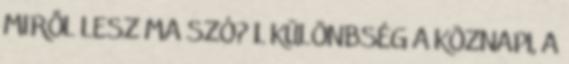
MIRŐL LESZ MA SZÓ? 1. KÜLÖNBSÉG A KÖZNAPI, A